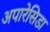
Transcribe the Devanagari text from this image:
अपारेसिडा